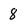
Character: 8